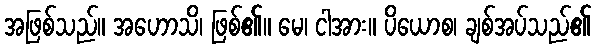
အဖြစ်သည်။ အဟောသိ၊ ဖြစ်၏။ မေ၊ ငါအား။ ပိယောစ၊ ချစ်အပ်သည်၏